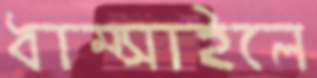
ধাম্‌সাইলে